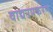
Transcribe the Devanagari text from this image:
वाद्यउपकरण